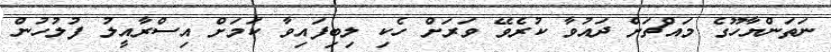
ނަތަންޔާހޫގެ މައްޗަށް ދައުވާ ކުރެވޭ ވަރަށް ހެކި ލިބިފައިވާ ކަމަށް އިސްރާއީލު ފުލުހުން